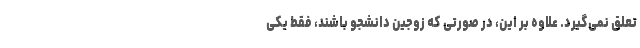
تعلق نمی‌گیرد. علاوه بر این، در صورتی که زوجین دانشجو باشند، فقط یکی